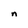
Character: n